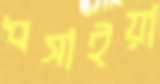
ধসাইয়া